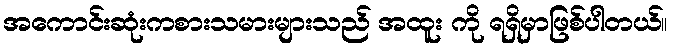
အကောင်းဆုံးကစားသမားများသည် အထူး ကို ရရှိမှာဖြစ်ပါတယ်။